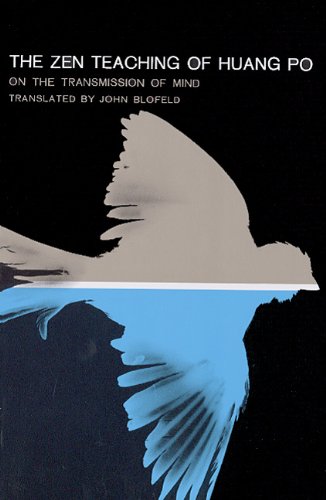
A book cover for The Zen Teaching of Huang Po: On the Transmission of Mind; Religion & Spirituality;